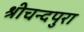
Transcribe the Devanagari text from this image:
श्रीचन्दपुरा